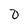
Character: 0